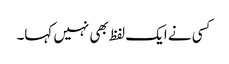
کسی نے ایک لفظ بھی نہیں کہا۔